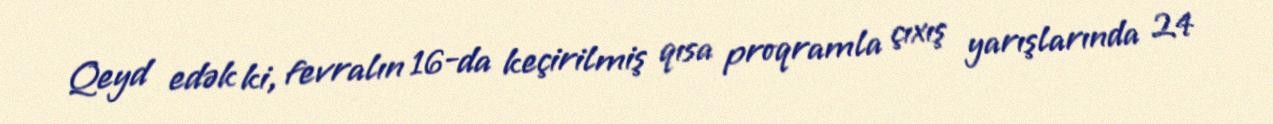
Qeyd edək ki, fevralın 16-da keçirilmiş qısa proqramla çıxış yarışlarında 24